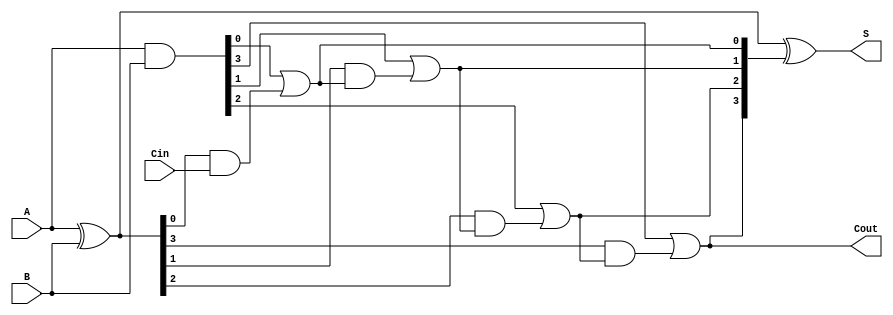
module cla_adder #(
    parameter N = 4 // N is the bit-width of the adder (can be adjusted)
)(
    input  [N-1:0] A,   // First n-bit binary number
    input  [N-1:0] B,   // Second n-bit binary number
    input           Cin, // Carry-in bit
    output [N-1:0] S,   // n-bit sum output
    output          Cout  // Carry-out bit
);

    // Generate and Propagate signals
    wire [N-1:0] G; // Generate
    wire [N-1:0] P; // Propagate
    wire [N:0] C;   // Carry signals

    // Generate and propagate logic
    assign G = A & B;          // Gi = Ai AND Bi
    assign P = A ^ B;          // Pi = Ai XOR Bi

    // Carry signals
    assign C[0] = Cin;         // C0 = Cin

    genvar i;
    generate
        for (i = 0; i < N; i = i + 1) begin : carry_calc
            if (i == 0) begin
                assign C[i + 1] = G[i] | (P[i] & C[i]); // C1 = G0 + (P0 * C0)
            end else begin
                assign C[i + 1] = G[i] | (P[i] & C[i]); // Ci+1 = Gi + (Pi * Ci)
            end
        end
    endgenerate

    // Sum calculation
    assign S = P ^ C[N:1]; // Si = Pi XOR Ci

    // Final carry-out
    assign Cout = C[N];     // Cout = CN

endmodule